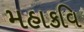
મહાકવિ